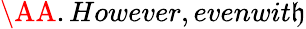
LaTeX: \AA.However,evenwit\mathfrak{h}